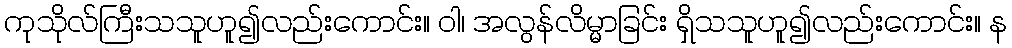
ကုသိုလ်ကြီးသသူဟူ၍လည်းကောင်း။ ဝါ၊ အလွန်လိမ္မာခြင်း ရှိသသူဟူ၍လည်းကောင်း။ န